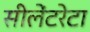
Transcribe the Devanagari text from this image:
सीलेंटरेटा